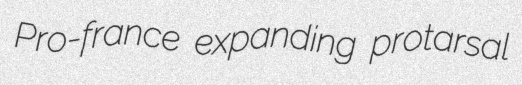
Pro-france expanding protarsal